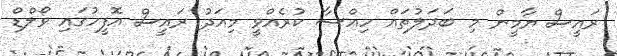
ރައީސް ޔާމީން މި ބަދަލުތައް ހިއްސާ ކުރެއްވީ މިއަދު ރައީސް އޮފީހުގައި ވޯލްޑް